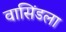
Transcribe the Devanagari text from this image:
वासिंडला